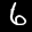
Label: 6